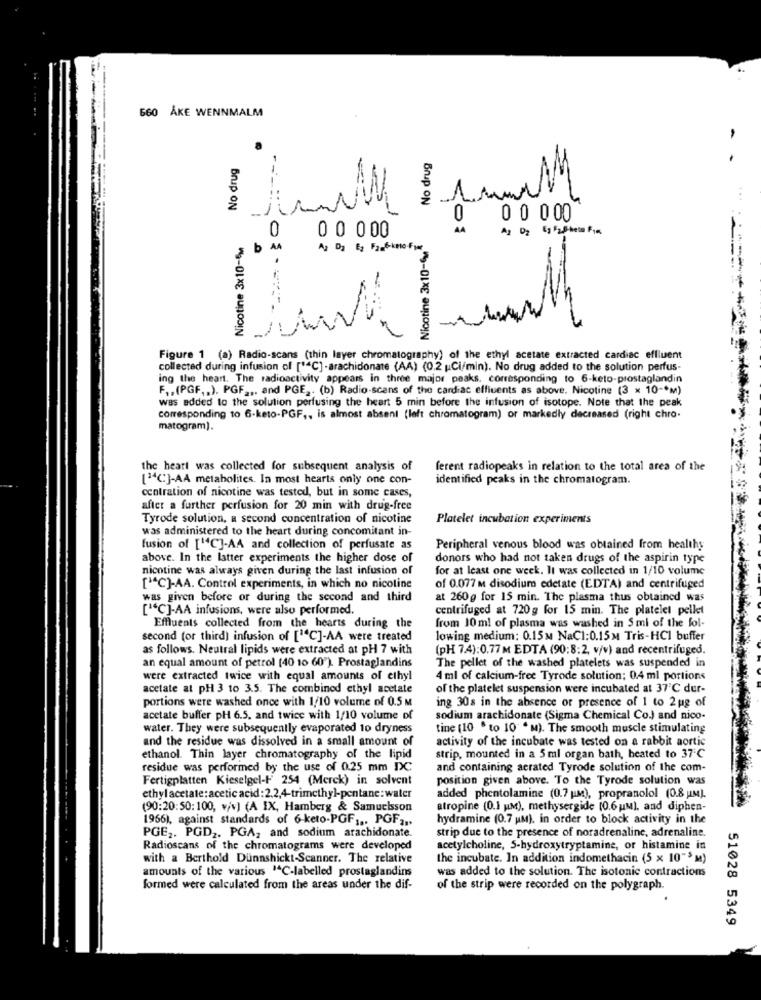
660 ÅKE WENNMALM
-
-
No drug
No drug
5
0
0 0 000
0 0 000
AA
A2 D2 Eş Fa.Sheto Fim
Nicotine 3x10-5M
0
Nicotine 3x10-6,
b A
A2 D2 E2 Fa_6-kmo-Fyr
Figure 1 (a) Radio-scans (thin layer chromatography) of the ethyl acetate extracted cardiac effluent
collected during infusion of [""C] -arachidonate (AA) (0.2 |Ci/min). No drug added to the solution perfus-
ing the heart. The radioactivity appears in three major peaks, corresponding to 6-keto-prostaglandin
F. , (PGF ,, ). PGF ... and PGE2. (b) Radio-scans of the cardiac effluents as above. Nicotine (3 x 10 -* M)
was added to the solution perfusing the heart 5 min before the infusion of isotope. Note that the peak
corresponding to 6-keto-PGF ,, is almost absent (left chromatogram) or markedly decreased (right chro.
matogram).
the heart was collected for subsequent analysis of
ferent radiopeaks in relation to the total area of the
["4"]-AA metabolites. In most hearts only one con-
identified peaks in the chromatogram.
centration of nicotine was tested, but in some cases,
after a further perfusion for 20 min with drug-free
Tyrode solution, a second concentration of nicotine
Platelet incubation experiments
was administered to the heart during concomitant in-
fusion of ["4C]-AA and collection of perfusate as
Peripheral venous blood was obtained from healthy
above. In the latter experiments the higher dose of
donors who had not taken drugs of the aspirin type
nicotine was always given during the last infusion of
for at least one week. It was collected in 1/10 volume
[""C]-AA. Control experiments, in which no nicotine
of 0.077 m disodium edetate (EDTA) and centrifuged
was given before or during the second and third
at 260g for 15 min. The plasma thus obtained was
[C]-AA infusions, were also performed.
centrifuged at 720g for 15 min. The platelet pellet
from 10 ml of plasma was washed in Smi of the fol-
Effluents collected from the hearts during the
second (or third) infusion of [""C]-AA were treated
lowing medium: 0.15m NaCl:0.15M Tris-HCI buffer
as follows. Neutral lipids were extracted at pH 7 with
(pH 7.4):0.77 M EDTA (90:8:2, v/v) and recentrifuged.
an equal amount of petrol [40 10 60"). Prostaglandins
The pellet of the washed platelets was suspended in
were extracted twice with equal amounts of ethyl
4 ml of calcium-free Tyrode solution; 0.4 ml portions
acetate at pH 3 to 3.5. The combined ethyl acetate
of the platelet suspension were incubated at 37'℃ dur-
portions were washed once with 1/10 volume of 0.5 M
ing 30s in the absence or presence of 1 to 2 ug of
acetate buffer pH 6.5, and twice with 1/10 volume of
sodium arachidonate (Sigma Chemical Co.) and nico-
water. They were subsequently evaporated to dryness
tine (10 " to 10 * m). The smooth muscle stimulating
and the residue was dissolved in a small amount of
activity of the incubate was tested on a rabbit aortic
ethanol. Thin layer chromatography of the lipid
strip, mounted in a 5 ml organ bath, heated to 37℃
residue was performed by the use of 0.25 mm IDC
and containing aerated Tyrode solution of the com-
Fertigplatten Kieselgel-F 254 (Merck) in solvent
position given above. To the Tyrode solution was
ethyl acetate: acetic acid : 2.2,4-trimethyl-pentane:water
added phentolamine (0.7 M), propranolol (0.8 UM).
(90:20:50:100, v/v] (A IX, Hamberg & Samuelsson
atropine (0.1 uM), methysergide (0.6 um), and diphen-
1966), against standards of 6-keto-PGF ,.. PGF ...
hydramine (0.7 uM), in order to block activity in the
strip due to the presence of noradrenaline, adrenaline.
PGE2. PGD2. PGA2 and sodium arachidonate.
Radioscans of the chromatograms were developed
acetylcholine, S-hydroxytryptamine, or histamine in
with a Berthold Dunnshickt-Scanner. The relative
the incubate. In addition indomethacin (5 x 10"> M)
amounts of the various 1C-labelled prostaglandins
was added to the solution. The isotonic contractions
formed were calculated from the areas under the dif-
of the strip were recorded on the polygraph.
S1028 5349